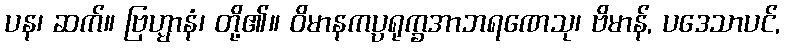
ပန၊ ဆက်။ ဗြဟ္မာနံ၊ တို့၏။ ဝိမာနကပ္ပရုက္ခအာဘရဏေသု၊ ဗိမာန်, ပဒေသာပင်,